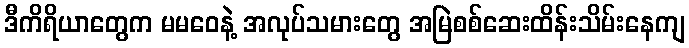
ဒီကိရိယာတွေက မမဝေနဲ့ အလုပ်သမားတွေ အမြဲစစ်ဆေးထိန်းသိမ်းနေကျ